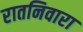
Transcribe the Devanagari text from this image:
रातनिवारा